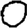
Digit: 0